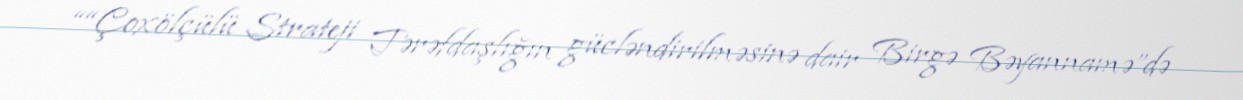
““Çoxölçülü Strateji Tərəfdaşlığın gücləndirilməsinə dair Birgə Bəyannamə”də